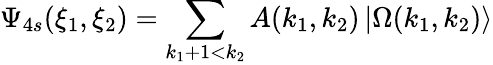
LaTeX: \Psi_{4s}(\xi_{1},\xi_{2})=\sum_{k_{1}+1<k_{2}}A(k_{1},k_{2})\left|\Omega(k_{1},k_{2})\right\rangle